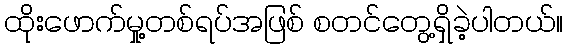
ထိုးဖောက်မှု့တစ်ရပ်အဖြစ် စတင်တွေ့ရှိခဲ့ပါတယ်။